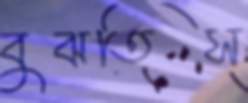
বুঝতিস